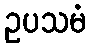
ဥပသမံ